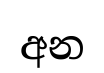
අන